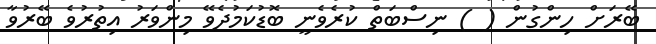
ބޭރަށް ހިންގުން ( ) ނިސްބަތް ކުރެވެނީ ބޮޑުކަމުދެވޭ މިންވަރު އިތުރުވެ ބޭރުވާ